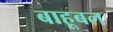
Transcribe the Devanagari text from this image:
बाहूबल